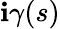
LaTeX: \mathbf{i}\gamma(s)